NAE_ERA_R-2078_Sihtasutus_Eesti_Kontsert, lk 97
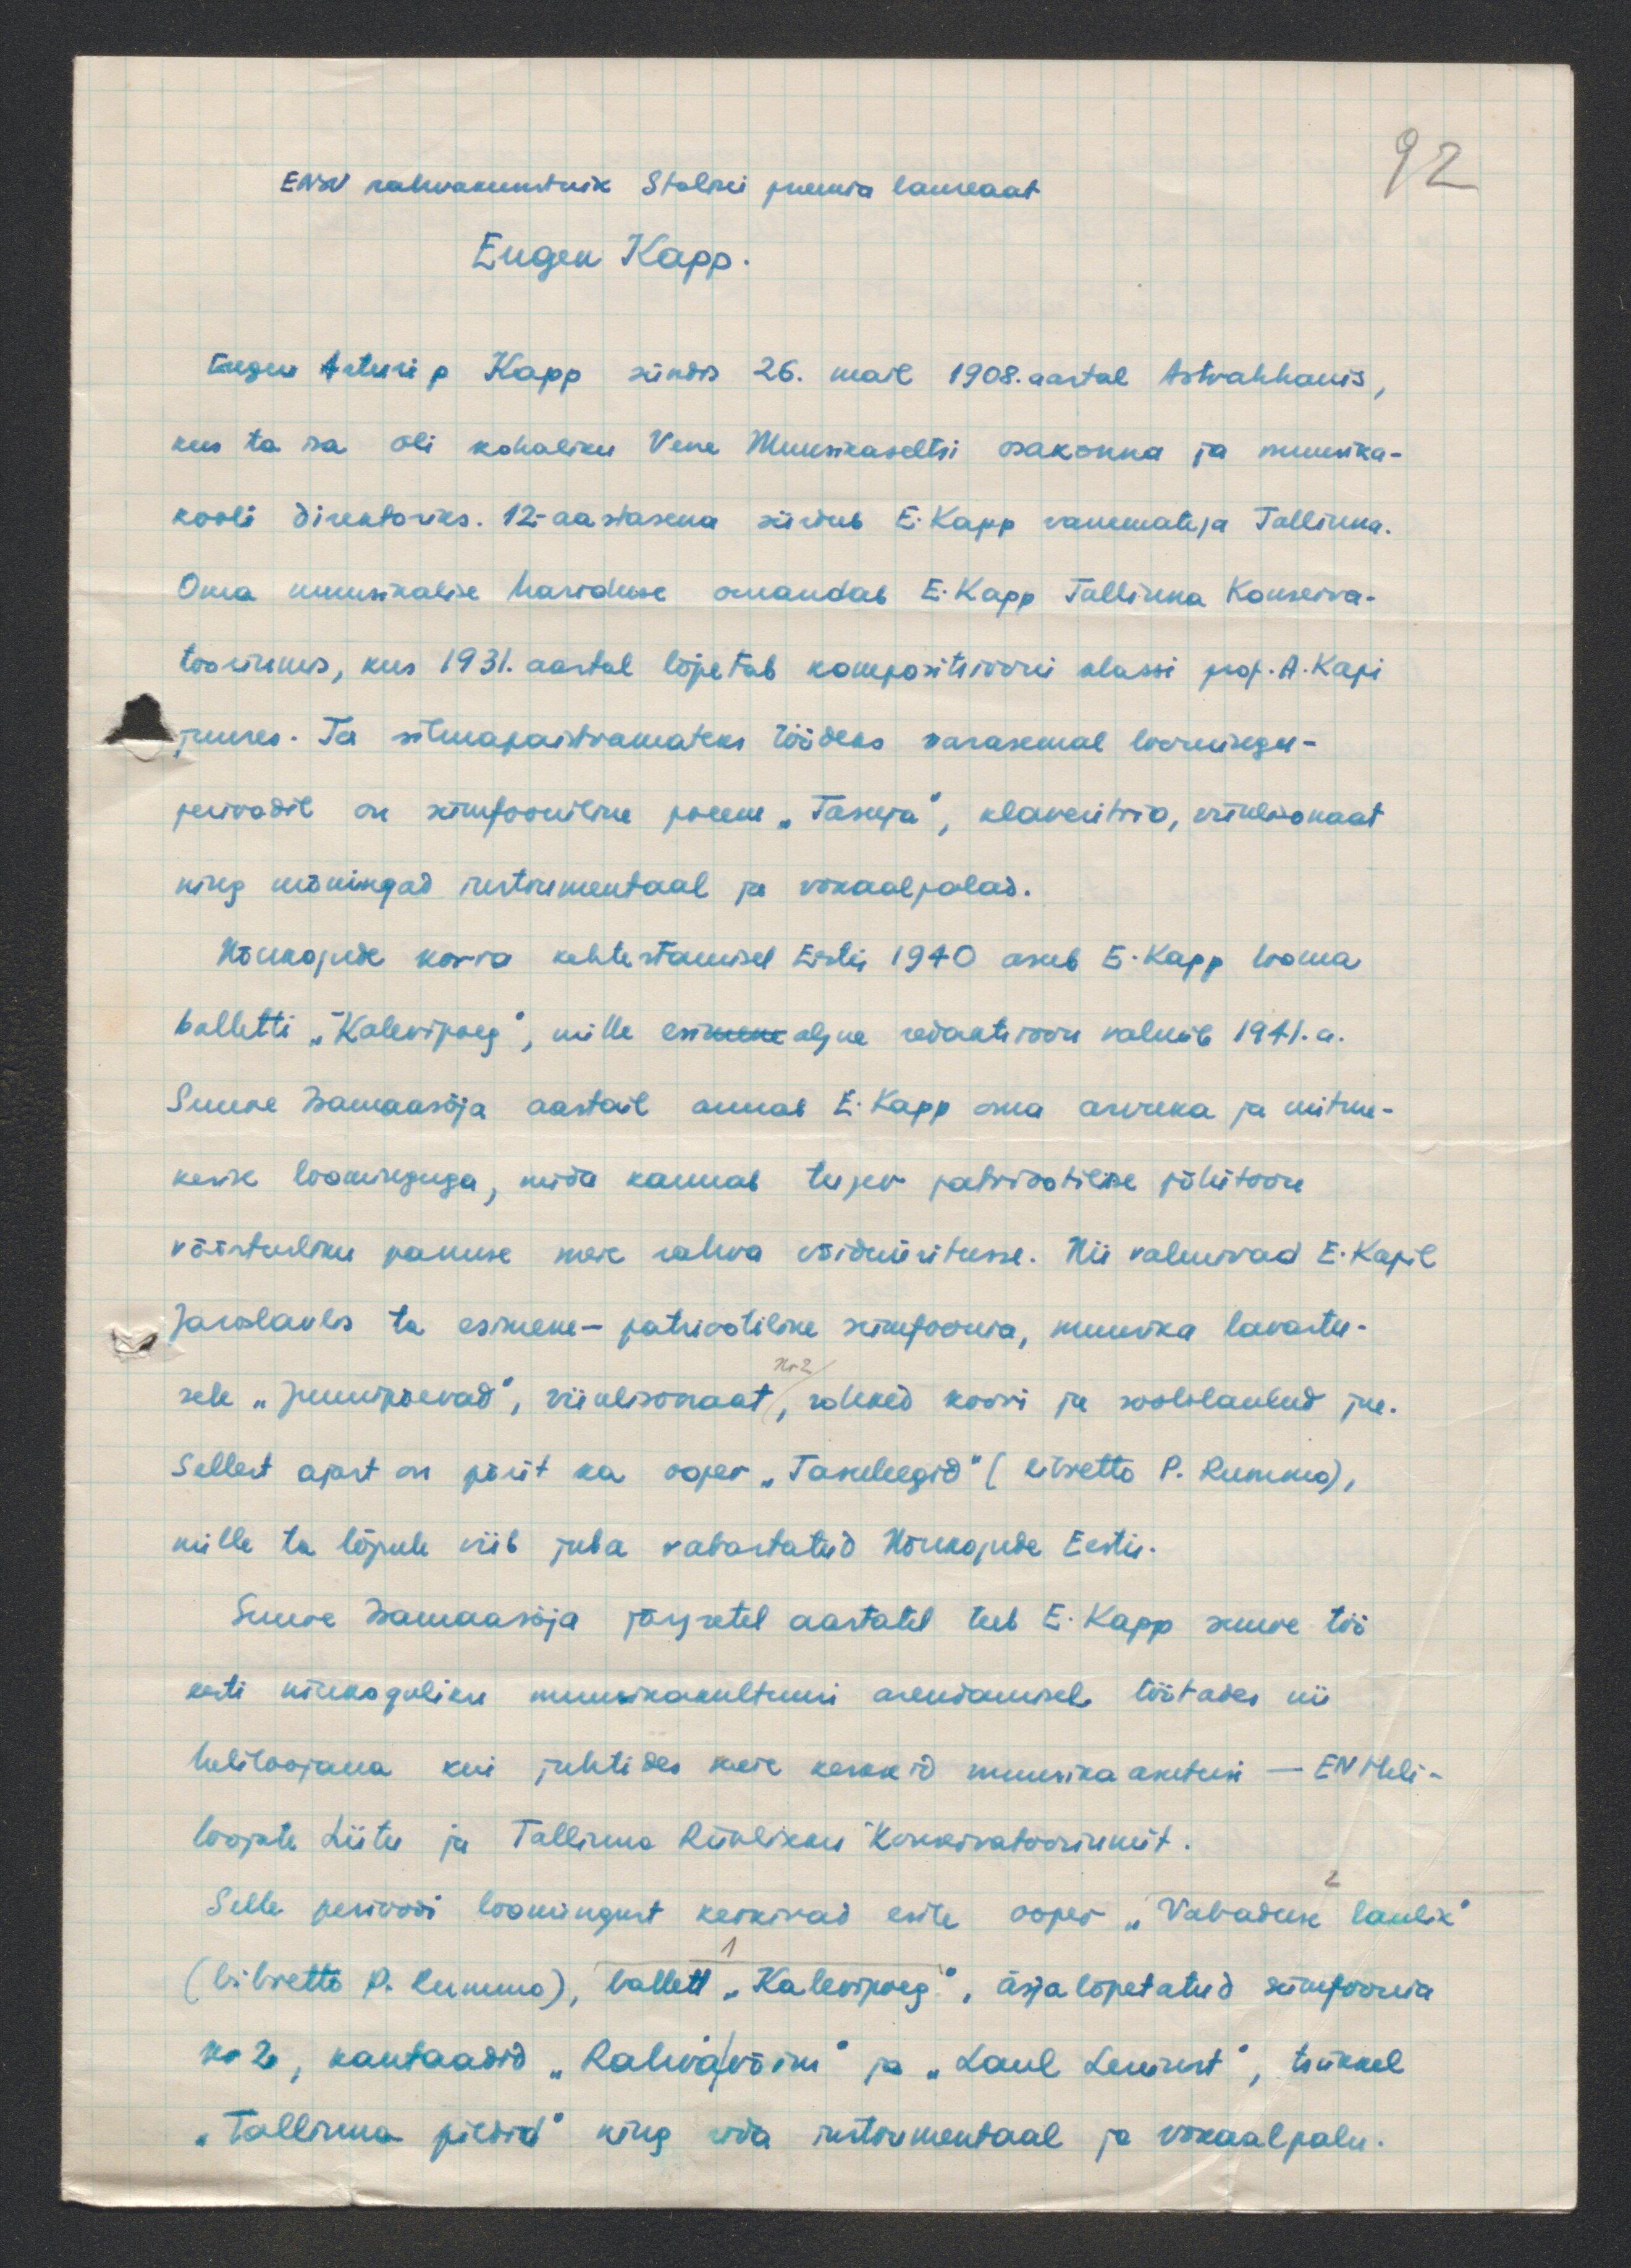
ENSV rahvakunstnik Stalini preemia laureaat
92
Eugen Kapp.
Eugen Arturi p Kapp sündis 26. mail 1908. aastal Astrahhanis,
kus ta isa oli kohaliku Vene Muusikaseltsi osakonna ja muusika-
kooli direktoriks. 12- aastasena siirdub E. Kapp vanematega Tallinna.
Oma muusikalise hariduse omandas E. Kapp Tallinna Konserva-
toorimis, kus 1931. aastal lõpetab kompositsiooni klassi prof. A. Kapi
juures. Ta silmapaistvamateks töödeks varasemal loomingu-
perioodil on sümfooniline poeem "Tasuja", klaveritrio, viiulisonaat
ning mõningad instrumentaal ja vokaalpalad.
Nõukogude korra kehtestamisel Eesti 1940 asub E. Kapp looma
balletti "Kalevipoeg", mille esimene algne redaktsioon valmib 1941.a.
Suure isamaasõja aastail annab E. Kapp oma arvuka ja mitme-
kesise loominguga, mida kannab tugev patriootiline põhitoon
väärtusliku panuse meie rahva võiduüritusse. Nii valmivad E. Kapil
Jaroslavlis ta esimene- patriootlike sümfoonia, muusika lavastu-
sele "Juunipäev", viiulisonaat, rohked koori ja soololaulud jne.
Sellest ajast on pärit ka ooper "Tasuleegid" (libretto P. Rummo),
mille ta lõpule viib juba vabastatud Nõukogude Eestis.
Suure Isamaasõja järgsetel aastatel teeb E. Kapp suure töö
eesti nõukoguliku muusikakultuuri arendamisel töötades nii
heliloojana kui juhtides koore kesakid muusikaasutusi - EN Heli-
loojate Liitu ja Tallinna Riiklikku Konservatooriumit.
Selle perioodi loomingust kerkivad esile ooper "Vabaduse laulik"
(libretto P. Rummo), ballett "Kalevipoeg", äsja lõpetatud sümfoonia
no 2, kantaadid "Rahva võim" ja "Laul Leninist", tsükkel
"Tallinna pildid" ning rida instrumentaal ja vokaalpalu.

1